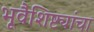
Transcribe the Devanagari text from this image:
भूवैशिष्ट्यांचा